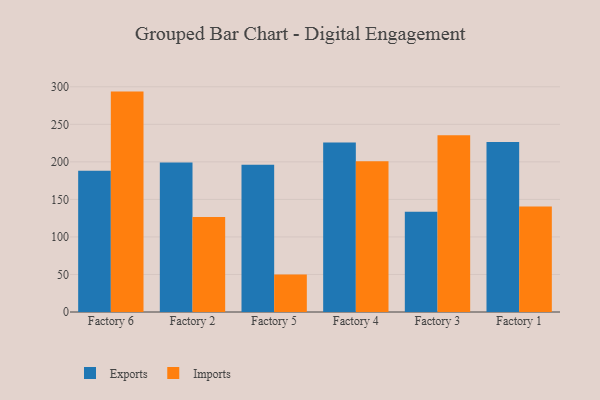
{"axis": {"x": "Factory", "y": "Temperature (°C)"}, "legend": ["Exports", "Imports"], "data": [{"x": "Factory 6", "y": 188.1, "type": "Exports"}, {"x": "Factory 6", "y": 293.6, "type": "Imports"}, {"x": "Factory 2", "y": 199.2, "type": "Exports"}, {"x": "Factory 2", "y": 126.7, "type": "Imports"}, {"x": "Factory 5", "y": 196.0, "type": "Exports"}, {"x": "Factory 5", "y": 50.0, "type": "Imports"}, {"x": "Factory 4", "y": 225.8, "type": "Exports"}, {"x": "Factory 4", "y": 200.9, "type": "Imports"}, {"x": "Factory 3", "y": 133.4, "type": "Exports"}, {"x": "Factory 3", "y": 235.5, "type": "Imports"}, {"x": "Factory 1", "y": 226.5, "type": "Exports"}, {"x": "Factory 1", "y": 140.5, "type": "Imports"}]}